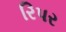
રિપર